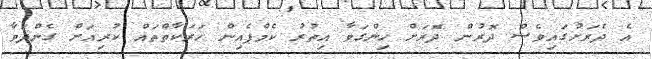
އެ ދެރަށުގައިވެސް ދޮރުން ދޮރަށް ހިންގަވާ އިތުރު ކެމްޕެއިން ހަރަކާތްތައް ކުރިއަށް ގެންދަވާ